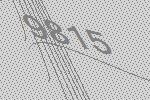
9815